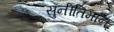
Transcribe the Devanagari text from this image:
सुनीतिमान्‌